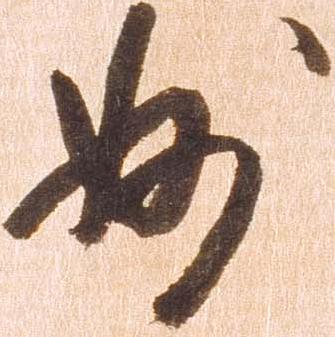
妙